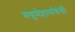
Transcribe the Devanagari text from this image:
मधुमेहासंबंधी